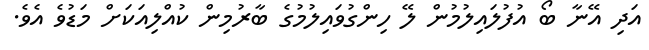
އަދި އޭނާ ބޯ އުފުލައިލުމުން ލޭ ހިންގުވައިލުމުގެ ބާރުމިން ކުއްލިއަކަށް މަޑުވެ އެވެ.